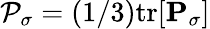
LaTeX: {\cal P}_{\sigma}=(1/3)\mathrm{tr}[{\mathbf P}_{\sigma}]